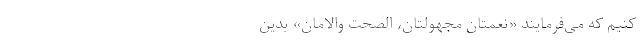
کنیم که می‌فرمایند «نِعمَتانِ مَجهولَتان، الصِحَتُ والاَمان» بدین